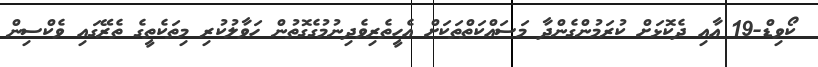
ކޯވިޑް-19 އާއި ދެކޮޅަށް ކުރަމުންގެންދާ މަސައްކަތްތަކަށް އެހީތެރިވެދިނުމުގެގޮތުން ހަވާލުކުރި މިތަކެތީގެ ތެރޭގައި ވެކްސިން